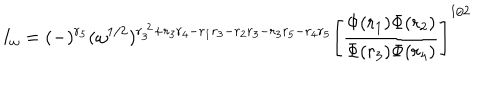
LaTeX: I _ { \omega } = ( - ) ^ { r _ { 5 } } ( \omega ^ { 1 / 2 } ) ^ { r _ { 3 } ^ { ~ 2 } + r _ { 3 } r _ { 4 } - r _ { 1 } r _ { 3 } - r _ { 2 } r _ { 3 } - r _ { 3 } r _ { 5 } - r _ { 4 } r _ { 5 } } \Bigg [ \frac { \Phi ( r _ { 1 } ) \Phi ( r _ { 2 } ) } { \Phi ( r _ { 3 } ) \Phi ( r _ { 4 } ) } \Bigg ] ^ { 1 / 2 }